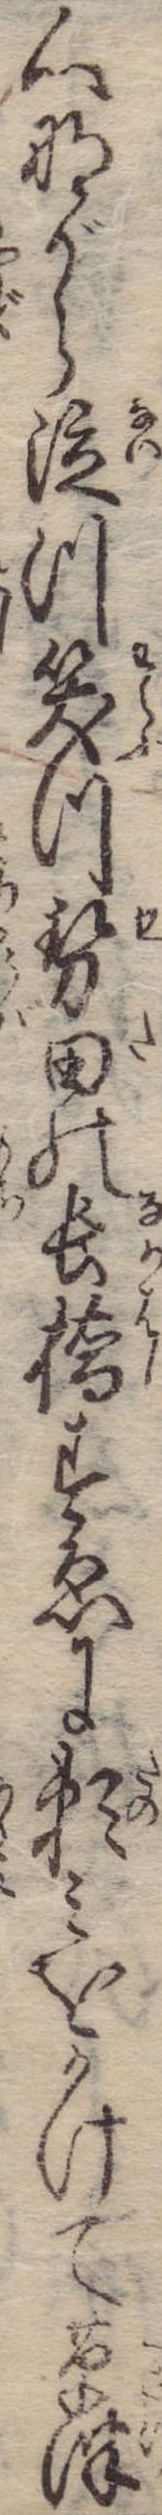
心ながら泣つ笑つ勢田の長橋すゑに頼みをかけて草津